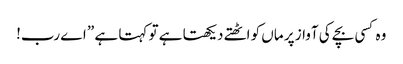
وہ کسی بچے کی آواز پر ماں کو اٹھتے دیکھتا ہے تو کہتا ہے ” اے رب!